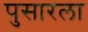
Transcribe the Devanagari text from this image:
पुसारला